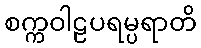
စက္ကဝါဠပရမ္ပရာတိ